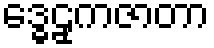
ဒ္ဓေဠှကဇာတာ